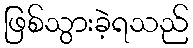
ဖြစ်သွားခဲ့ရသည်